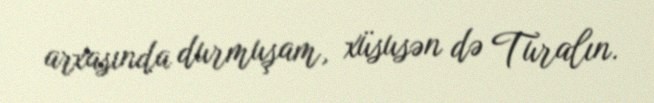
arxasında durmuşam, xüsusən də Turalın.